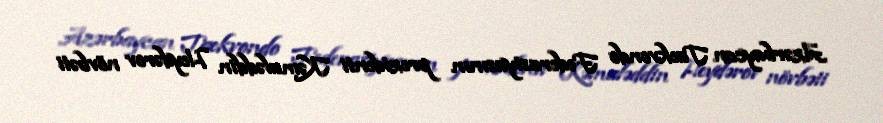
Azərbaycan Taekvondo Federasiyasının prezidenti Kəmaləddin Heydərov növbəti